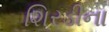
શિરડીના